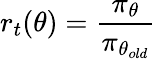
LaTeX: r_{t}(\theta)=\frac{\pi_{\theta}}{\pi_{\theta_{old}}}